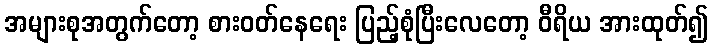
အများစုအတွက်တော့ စားဝတ်နေရေး ပြည့်စုံပြီးလေတော့ ဝီရိယ အားထုတ်၍